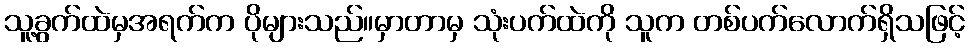
သူ့ခွက်ထဲမှအရက်က ပိုများသည်။မှာတာမှ သုံးပက်ထဲကို သူက တစ်ပက်လောက်ရှိသဖြင့်